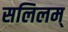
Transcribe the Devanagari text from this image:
सलिलम्